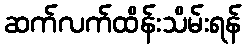
ဆက်လက်ထိန်းသိမ်းရန်